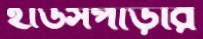
হাউসপাড়ার